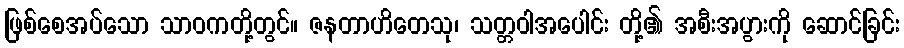
ဖြစ်စေအပ်သော သာဝကတို့တွင်။ ဇနတာဟိတေသု၊ သတ္တဝါအပေါင်း တို့၏ အစီးအပွားကို ဆောင်ခြင်း